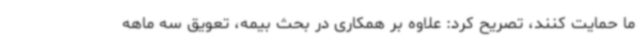
ما حمایت کنند، تصریح کرد: علاوه بر همکاری در بحث بیمه، تعویق سه ماهه